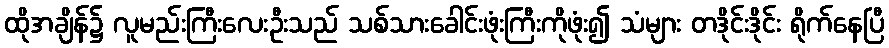
ထိုအချိန်၌ လူမည်းကြီးလေးဦးသည် သစ်သားခေါင်းဖုံးကြီးကိုဖုံး၍ သံများ တဒိုင်းဒိုင်း ရိုက်နေပြီ